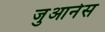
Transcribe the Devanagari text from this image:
जुआनेस